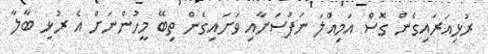
ރުޅިއަރައިގެން ގޮސް އަމިއްލަ ނަފުސަށާއި ވަށައިގެން ތިބޭ މީހުންނަށް އެ ރުޅި ބާލާ